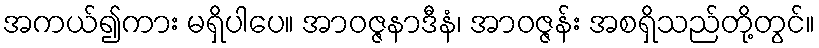
အကယ်၍ကား မရှိပါပေ။ အာဝဇ္ဇနာဒီနံ၊ အာဝဇ္ဇန်း အစရှိသည်တို့တွင်။